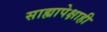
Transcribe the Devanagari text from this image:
साह्यापेक्षाही